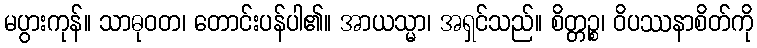
မပွားကုန်။ သာဓုဝတ၊ တောင်းပန်ပါ၏။ အာယသ္မာ၊ အရှင်သည်။ စိတ္တဉ္စ၊ ဝိပဿနာစိတ်ကို